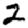
Digit: 2